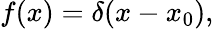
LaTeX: f(x)=\delta(x-x_{0}),